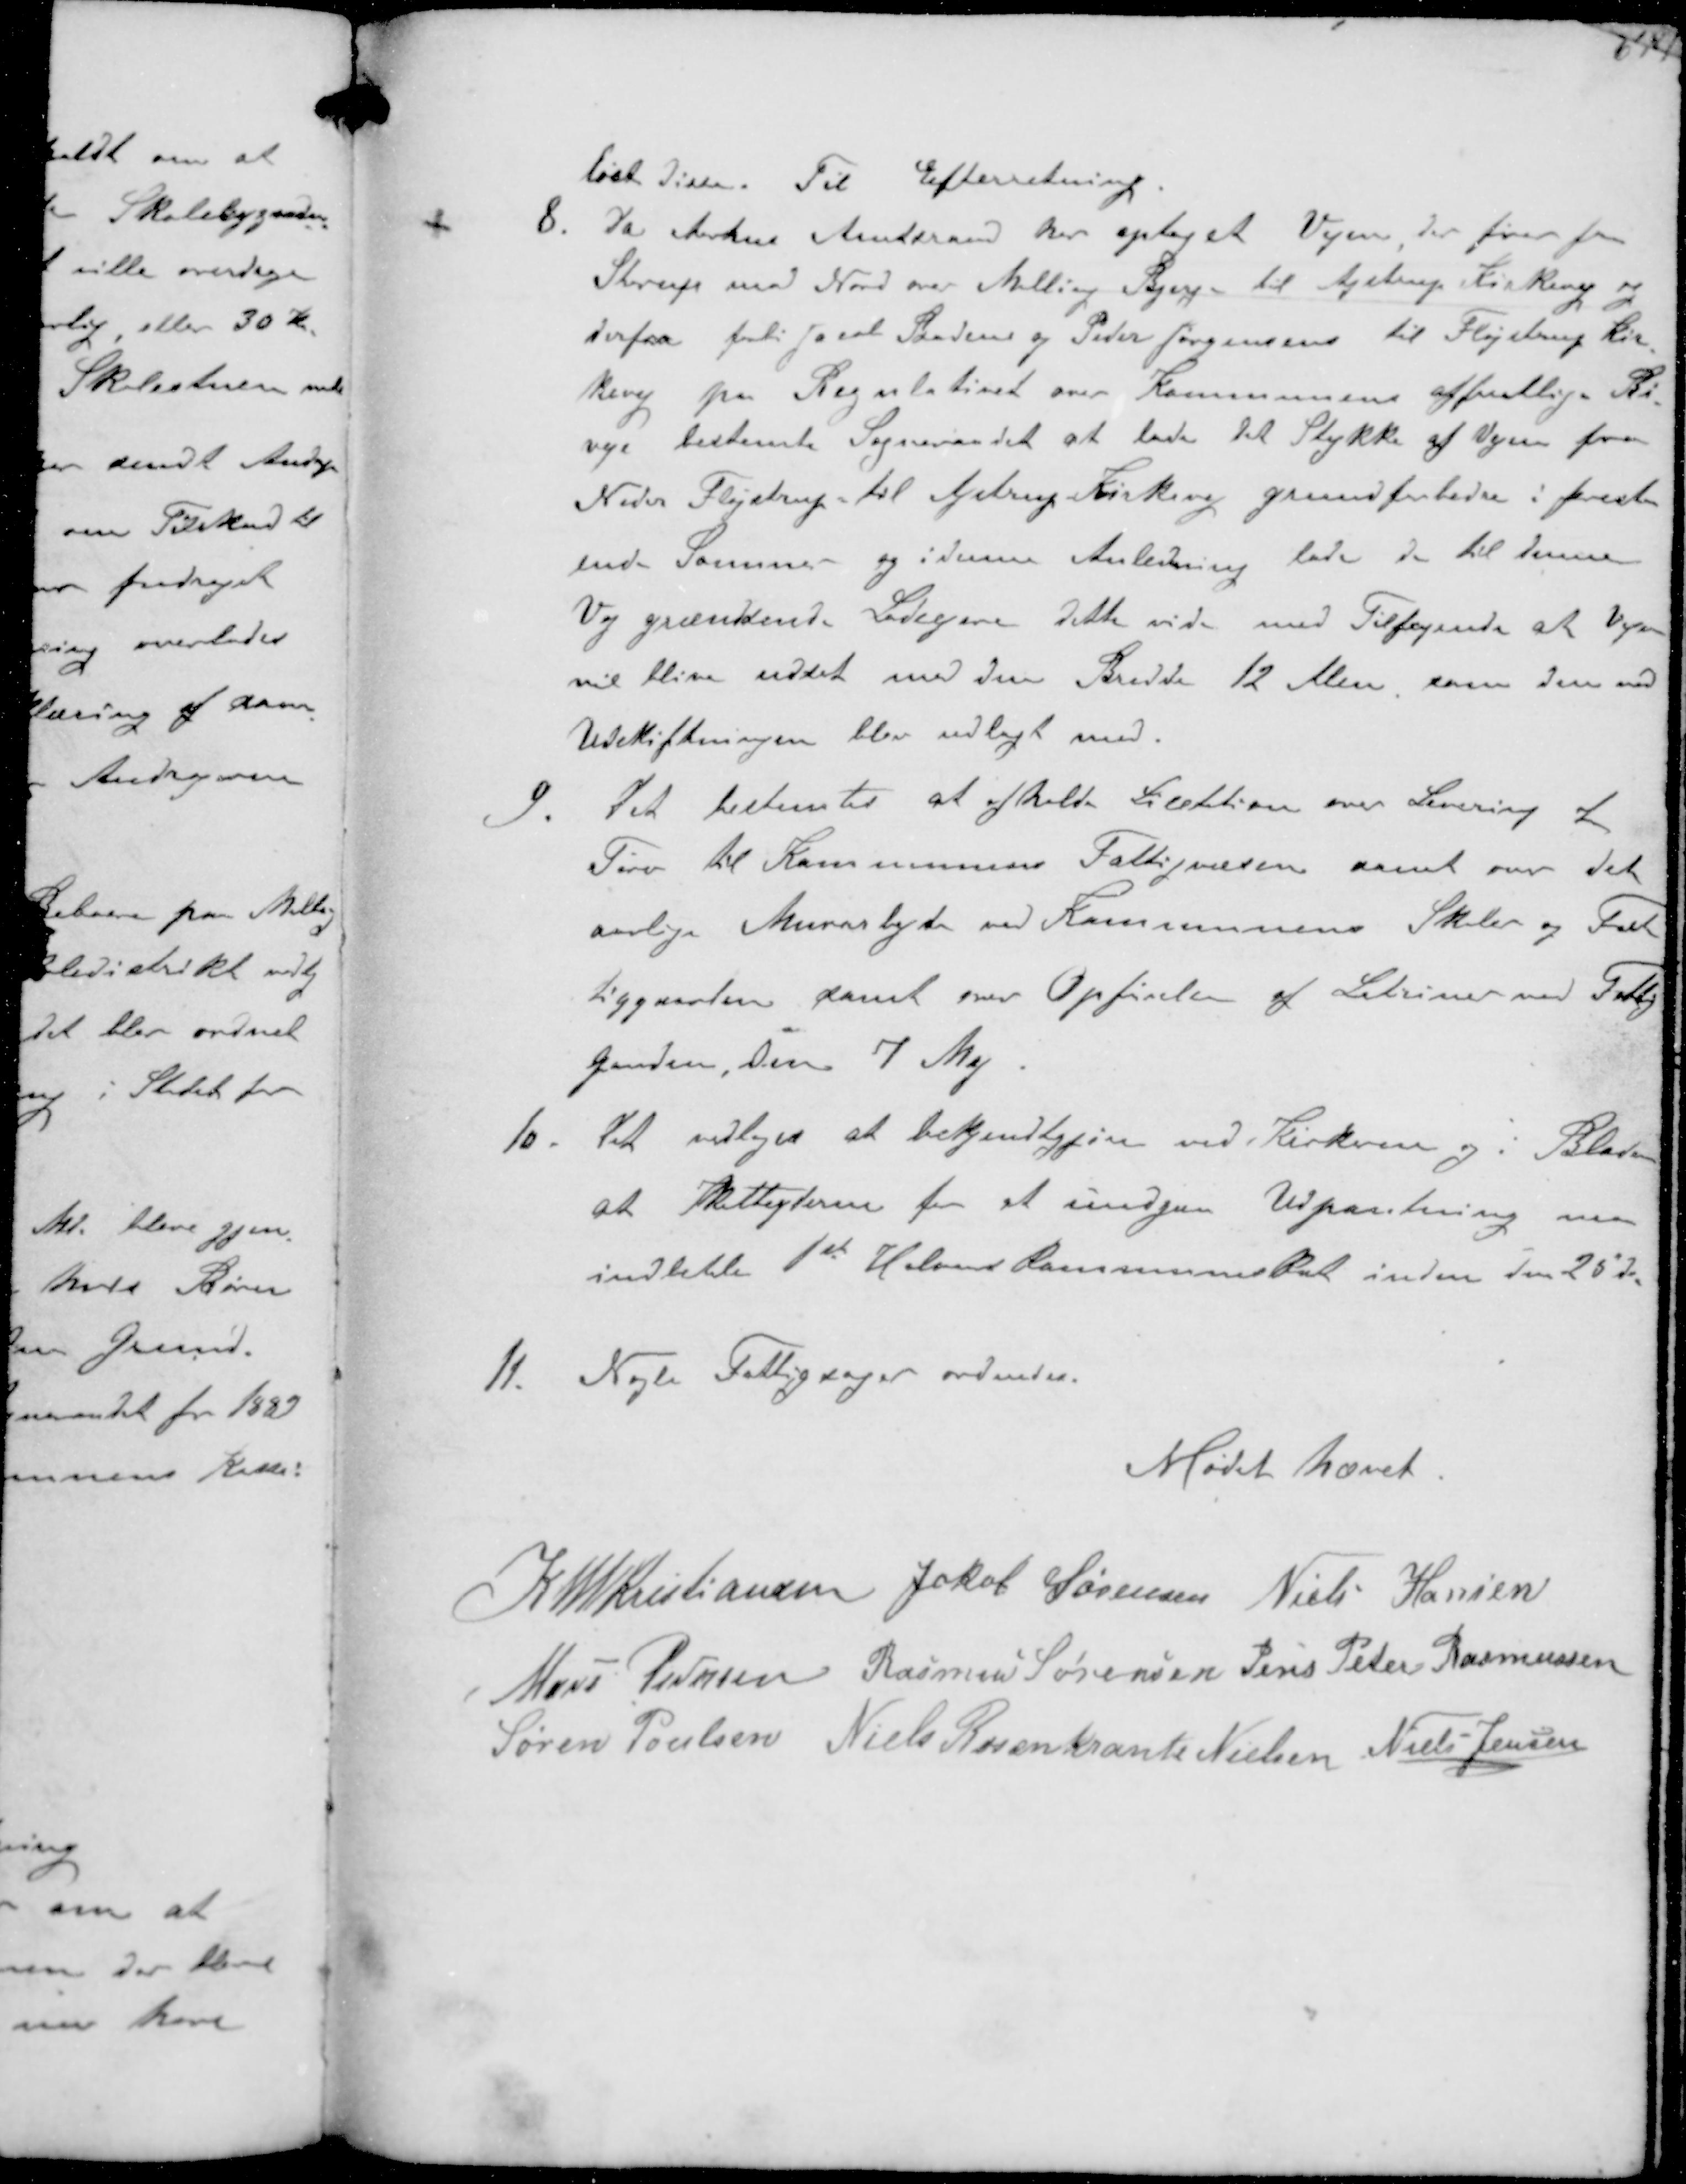
Transskription:
løst disse. Til Efterretning
8. Da Aarhus Amtsraad har optaget Vejen der fører fra
Starup mod Nord over Malling Bjerge til Ajstrup Kirkevej og
derfra forbi Jacob Badens og Peder Jørgensen til Fløjstrup Kir-
kevej paa Regulativet over Kommunens offentlige Bi-
veje bestemte Sogneraadet at lade det Stykke af Vejen fra
Neder Fløjstrup til Ajstrup Kirkevej grundforbedre i forestaa-
ende Sommer og i denne Anledning lade de til denne
Vej grændsende Lodsejere dette vide med Tilføjende at Vejen
vil blive udsat med den Bredde 12 Alen som den ved
Udskiftningen blev udlagt med
9. Det bestemtes at afholde Licitation over Levering af
Tørv til Kommunens Fattigvæsen samt over det
aarlige Murarbejde ved Kommunens Skoler og Fat-
tiggaarden samt over Opførelsen af Latriner ved Fattig-
gaarden, Den 7 Maj
10. Det vedtoges at bekjendtgøre ved Kirkerne og i Bladene
at skatteyderne for at undgaa Udpantning maa
indbetale 1st Halvaars Kommuneskat inden den 25 ds

11. Nogle Fattigsager ordnedes.

Mødet hævet

K N M Kristiansen Jakob Sørensen Niels Hansen
Hans Pedersen Rasmus Sørensen Jens Peter Rasmussen
Søren Poulsen Niels Rosenkrands Nielsen Niels Jensen